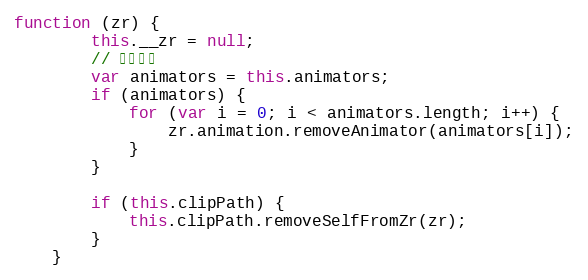
Language: JavaScript
function (zr) {
        this.__zr = null;
        // 移除动画
        var animators = this.animators;
        if (animators) {
            for (var i = 0; i < animators.length; i++) {
                zr.animation.removeAnimator(animators[i]);
            }
        }

        if (this.clipPath) {
            this.clipPath.removeSelfFromZr(zr);
        }
    }